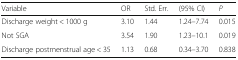
<table><thead><tr><td><b>Variable</b></td><td><b>OR</b></td><td><b>Std. Err.</b></td><td><b>(95% CI)</b></td><td><b><i>P</i></b></td></tr></thead><tbody><tr><td>Discharge weight &lt; 1000 g</td><td>3.10</td><td>1.44</td><td>1.24–7.74</td><td>0.015</td></tr><tr><td>Not SGA</td><td>3.54</td><td>1.90</td><td>1.23–10.1</td><td>0.019</td></tr><tr><td>Discharge postmenstrual age &lt; 35</td><td>1.13</td><td>0.68</td><td>0.34–3.70</td><td>0.838</td></tr></tbody></table>